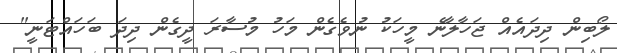
ލޯބިން ދިދައެއް ޖަހާލާނެ މީހަކު ނުވެގެން މަހު މުސާރަ ދީގެން ދިދަ ބަހައްޓަނީ"